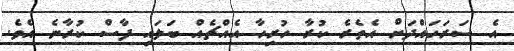
އެ ސަރަހައްދަށް އެތެރެ ކުރާ ހުރިހާ އެއްޗެއް ބަލައި ފާސް ކުރާނެ އެވެ.